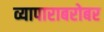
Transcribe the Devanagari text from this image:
व्यापाराबरोबर